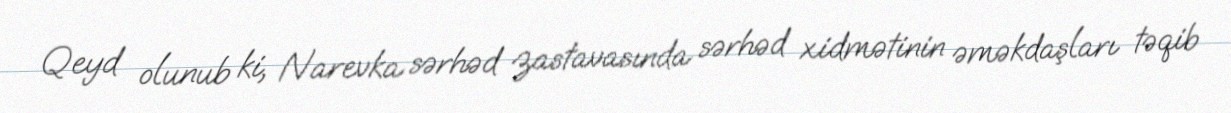
Qeyd olunub ki, Narevka sərhəd zastavasında sərhəd xidmətinin əməkdaşları təqib